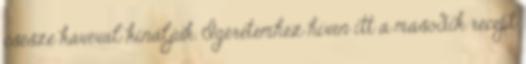
csésze kávéval kínáljuk. Ígéretemhez híven itt a második recept